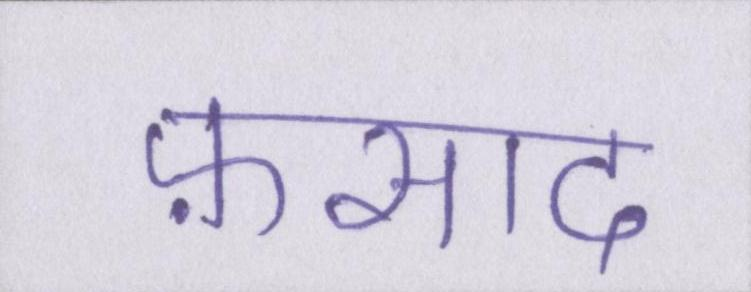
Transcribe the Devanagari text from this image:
फ़साद